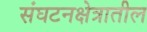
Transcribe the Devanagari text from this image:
संघटनक्षेत्रातील